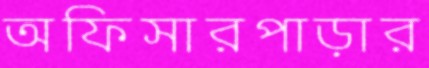
অফিসারপাড়ার